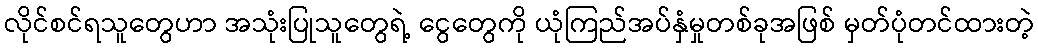
လိုင်စင်ရသူတွေဟာ အသုံးပြုသူတွေရဲ့ ငွေတွေကို ယုံကြည်အပ်နှံမှုတစ်ခုအဖြစ် မှတ်ပုံတင်ထားတဲ့